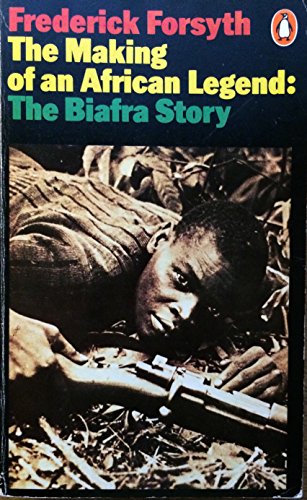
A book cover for The Making of an African Legend: The Biafra Story; Frederick Forsyth; History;